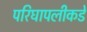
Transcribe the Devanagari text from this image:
परिघापलीकडे